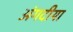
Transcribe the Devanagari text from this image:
अंगदीया